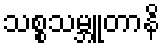
သစ္စသမ္ဘူတာနိ